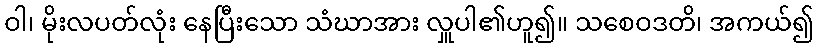
ဝါ၊ မိုးလပတ်လုံး နေပြီးသော သံဃာအား လှူပါ၏ဟူ၍။ သစေဝဒတိ၊ အကယ်၍